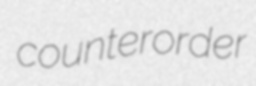
counterorder